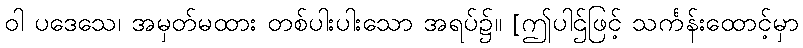
ဝါ ပဒေသေ၊ အမှတ်မထား တစ်ပါးပါးသော အရပ်၌။ [ဤပါဌ်ဖြင့် သင်္ကန်းထောင့်မှာ